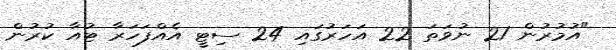
"އުމުރުން 21 ނުވަތަ 22 އަހަރުގައި 24 ސިޓީ އެއްފަހަރާ ޓުއާ ކުރުން